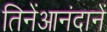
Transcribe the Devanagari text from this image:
तिनेंआनंदानें